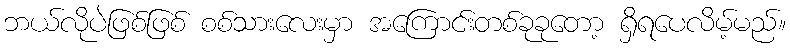
ဘယ်လိုပဲဖြစ်ဖြစ် စစ်သားလေးမှာ အကြောင်းတစ်ခုခုတော့ ရှိရပေလိမ့်မည်။